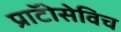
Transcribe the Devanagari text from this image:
प्राॅटोसेविच